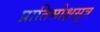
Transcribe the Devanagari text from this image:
प्रातिमोक्षसूत्र